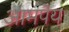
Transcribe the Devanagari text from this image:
आमपेय